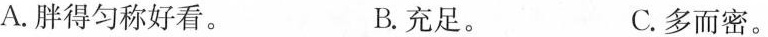
A.胖得匀称好看。 B.充足。 C.多而密。